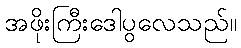
အဖိုးကြီးဒေါပွလေသည်။